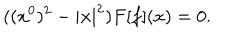
( ( x ^ { 0 } ) ^ { 2 } - | { \bf x } | ^ { 2 } ) F [ f ] ( x ) = 0 .